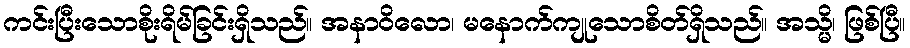
ကင်းပြီးသောစိုးရိမ်ခြင်းရှိသည်။ အနာဝိလော၊ မနောက်ကျုသောစိတ်ရှိသည်။ အသ္မိ၊ ဖြစ်ပြီ။